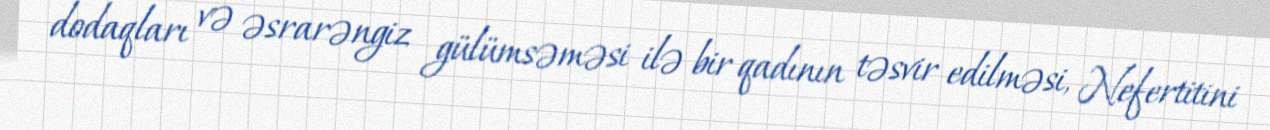
dodaqları və əsrarəngiz gülümsəməsi ilə bir qadının təsvir edilməsi, Nefertitini